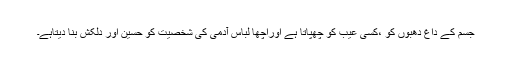
جسم کے داغ دھبوں کو ،کسی عیب کو چھپاتا ہے اوراچھا لباس آدمی کی شخصیت کو حسین اور دلکش بنا دیتاہے۔